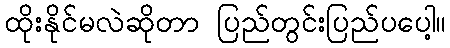
ထိုးနိုင်မလဲဆိုတာ ပြည်တွင်းပြည်ပပေါ့။